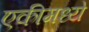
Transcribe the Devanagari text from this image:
एकीमध्ये